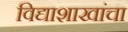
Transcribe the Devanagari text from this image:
विद्याशाखांचा